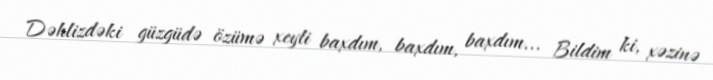
Dəhlizdəki güzgüdə özümə xeyli baxdım, baxdım, baxdım... Bildim ki, xəzinə